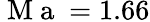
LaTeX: \mathrm{~M~a~}=1.66